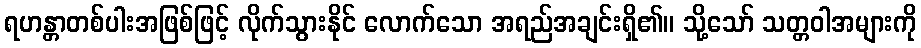
ရဟန္တာတစ်ပါးအဖြစ်ဖြင့် လိုက်သွားနိုင် လောက်သော အရည်အချင်းရှိ၏။ သို့သော် သတ္တဝါအများကို